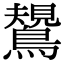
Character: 𪄯